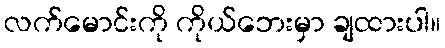
လက်မောင်းကို ကိုယ်ဘေးမှာ ချထားပါ။